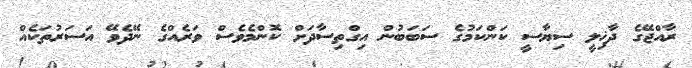
ރާއްޖޭގެ ދާޚިލީ ސިޔާސީ ކަންކަމުގެ ސަބަބުން އިގްތިސާދަށް ކޮންމެވެސް ވަރެއްގެ ނޭދެވޭ އަސަރުތަކެއް